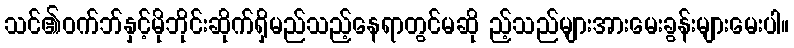
သင်၏ဝက်ဘ်နှင့်မိုဘိုင်းဆိုက်ရှိမည်သည့်နေရာတွင်မဆို ည့်သည်များအားမေးခွန်းများမေးပါ။